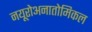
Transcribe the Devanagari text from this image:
नयूरोअनातोमिकल